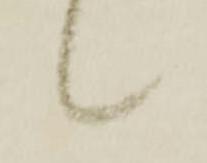
候